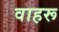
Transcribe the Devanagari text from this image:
वाहरू